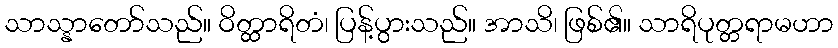
သာသ္နာတော်သည်။ ဝိတ္ထာရိတံ၊ ပြန့်ပွားသည်။ အာသိ၊ ဖြစ်၏။ သာရိပုတ္တရာမဟာ